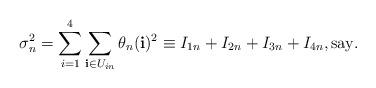
LaTeX: \begin{align*}\sigma_n^2 = \sum_{i=1}^4\sum_{\mathbf{i}\in U_{in}} \theta _n(\mathbf{i})^2 \equiv I_{1n}+ I_{2n}+I_{3n}+I_{4n},\mbox{say}.\end{align*}